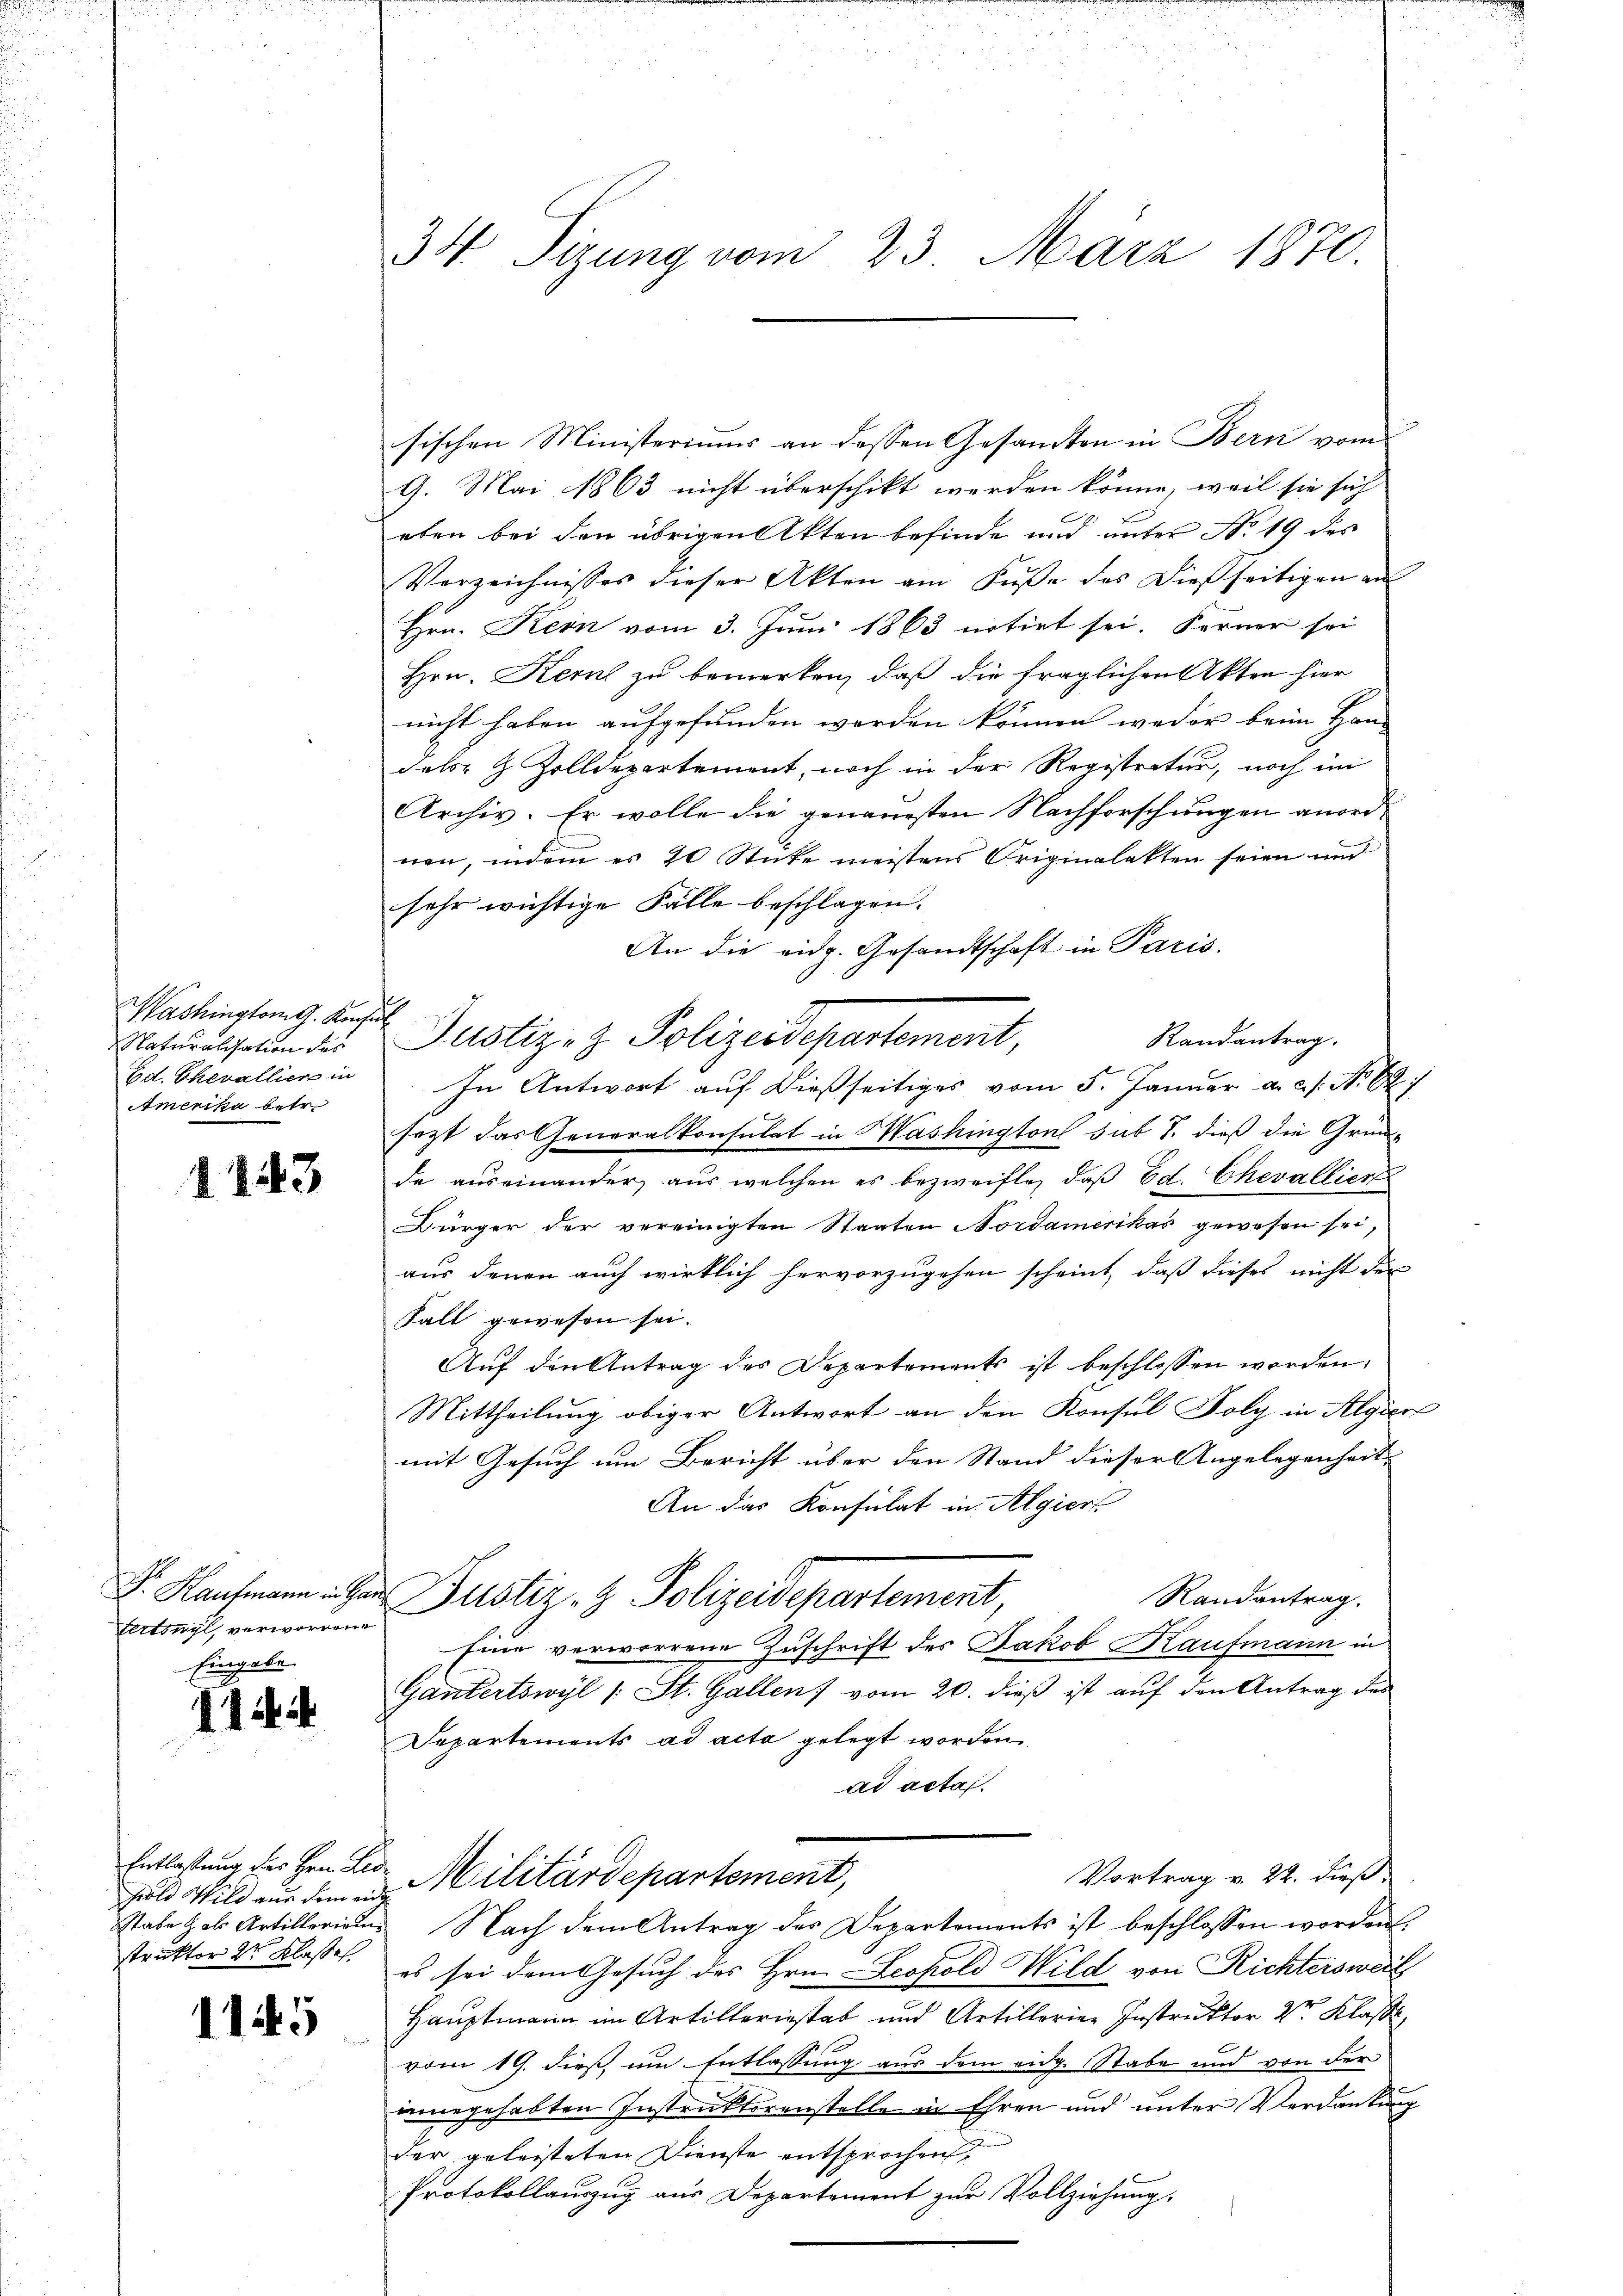
Washington G. Konsul
Naturalisation des
Ed. Chevallier in
Amerika betr.

1143

ferting, verwordene
Eingabe.

114

Fold Schild aus dem eine
struktor 2r Klassel

1145

34 Sizung vom 23. März 1870.

sischen Ministeriums an dessen Gesandten in Bern vom
9. Mai 1863 nicht überschikt werden könne, weil sie sich
eten bei den übrigen Akten befinde und unter No. 19 des
Verzeichnisses dieser Akten am Fŭβe des dießseitigen an
Hrn. Kein vom 3. Juni 1863 notirt sei. Ferner sei
Hrn. Kern zu bemerken, daß die fraglichen Akten hier
nicht haben aufgefunden werden können weder beim Han- |
des- & Zolldepartement, noch in der Registratur, noch im
Archiv. Er wolle die genauesten Nachforschungen anordnen, indem es 20 Stücke meistens Originalakten seien und
sehr wichtige Fälle beschlagen.
An die eidg. Gesandtschaft in Paris.
Randantrag.
In Antwort auf dießseitiges vom 5. Januar a.c. s. No 621
sezt das Generalkonsulat in Washington sub 7. dieß die Grund-
de auseinander, aus welchen es bezweifle, daß Ed. Chevallier
Bürger der vereinigten Staaten Nordamerikas gewesen sei,
aus denen auch wirklich hervorzugehen scheint, daß dieses nicht der
Fall gewesen sei.
Auf den Antrag des Departements ist beschlossen worden,
Mittheilung obiger Antwort an den Konsul Foly in Algier
mit Gesuch um Bericht über den Stand dieser Angelegenheit,
An das Konsulat in Algier
F. Nachmann u. der Justiz- & Polizeidepartement,
Randantrag.
Eine verworrene Zuschrift des Jakob Kaufmann in
Gantertswyl /: St. Gallen vom 20. dieß ist auf den Antrag des
Departements ad acta gelegt worden
ad acta.
Entlastung des Hrn. Leo Militärdepartement,
Vortrag v. 24. dieß
stabe Hals Artillerien Nach dem Antrag des Departements ist beschlossen worden.
es sei dem Gesuch des Hrn. Leopold Wild von Richtersweil
Hauptmann im Artilleriestab und Artillerien Instruktor der Klasse,
1
vom 19. dieß um Entlassung aus dem eidg. Stabe und von der
innegehabten Instruktorenstelle in Ehren und unter Verdankung
der geleisteten Dienste entsprochen,
Protokollauszug aus Departement zur Vollziehung.

Justiz- & Polizeidepartement,